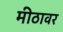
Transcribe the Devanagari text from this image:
मीठावर